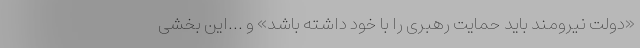
«دولت نیرومند باید حمایت رهبری را با خود داشته باشد» و ...این بخشی